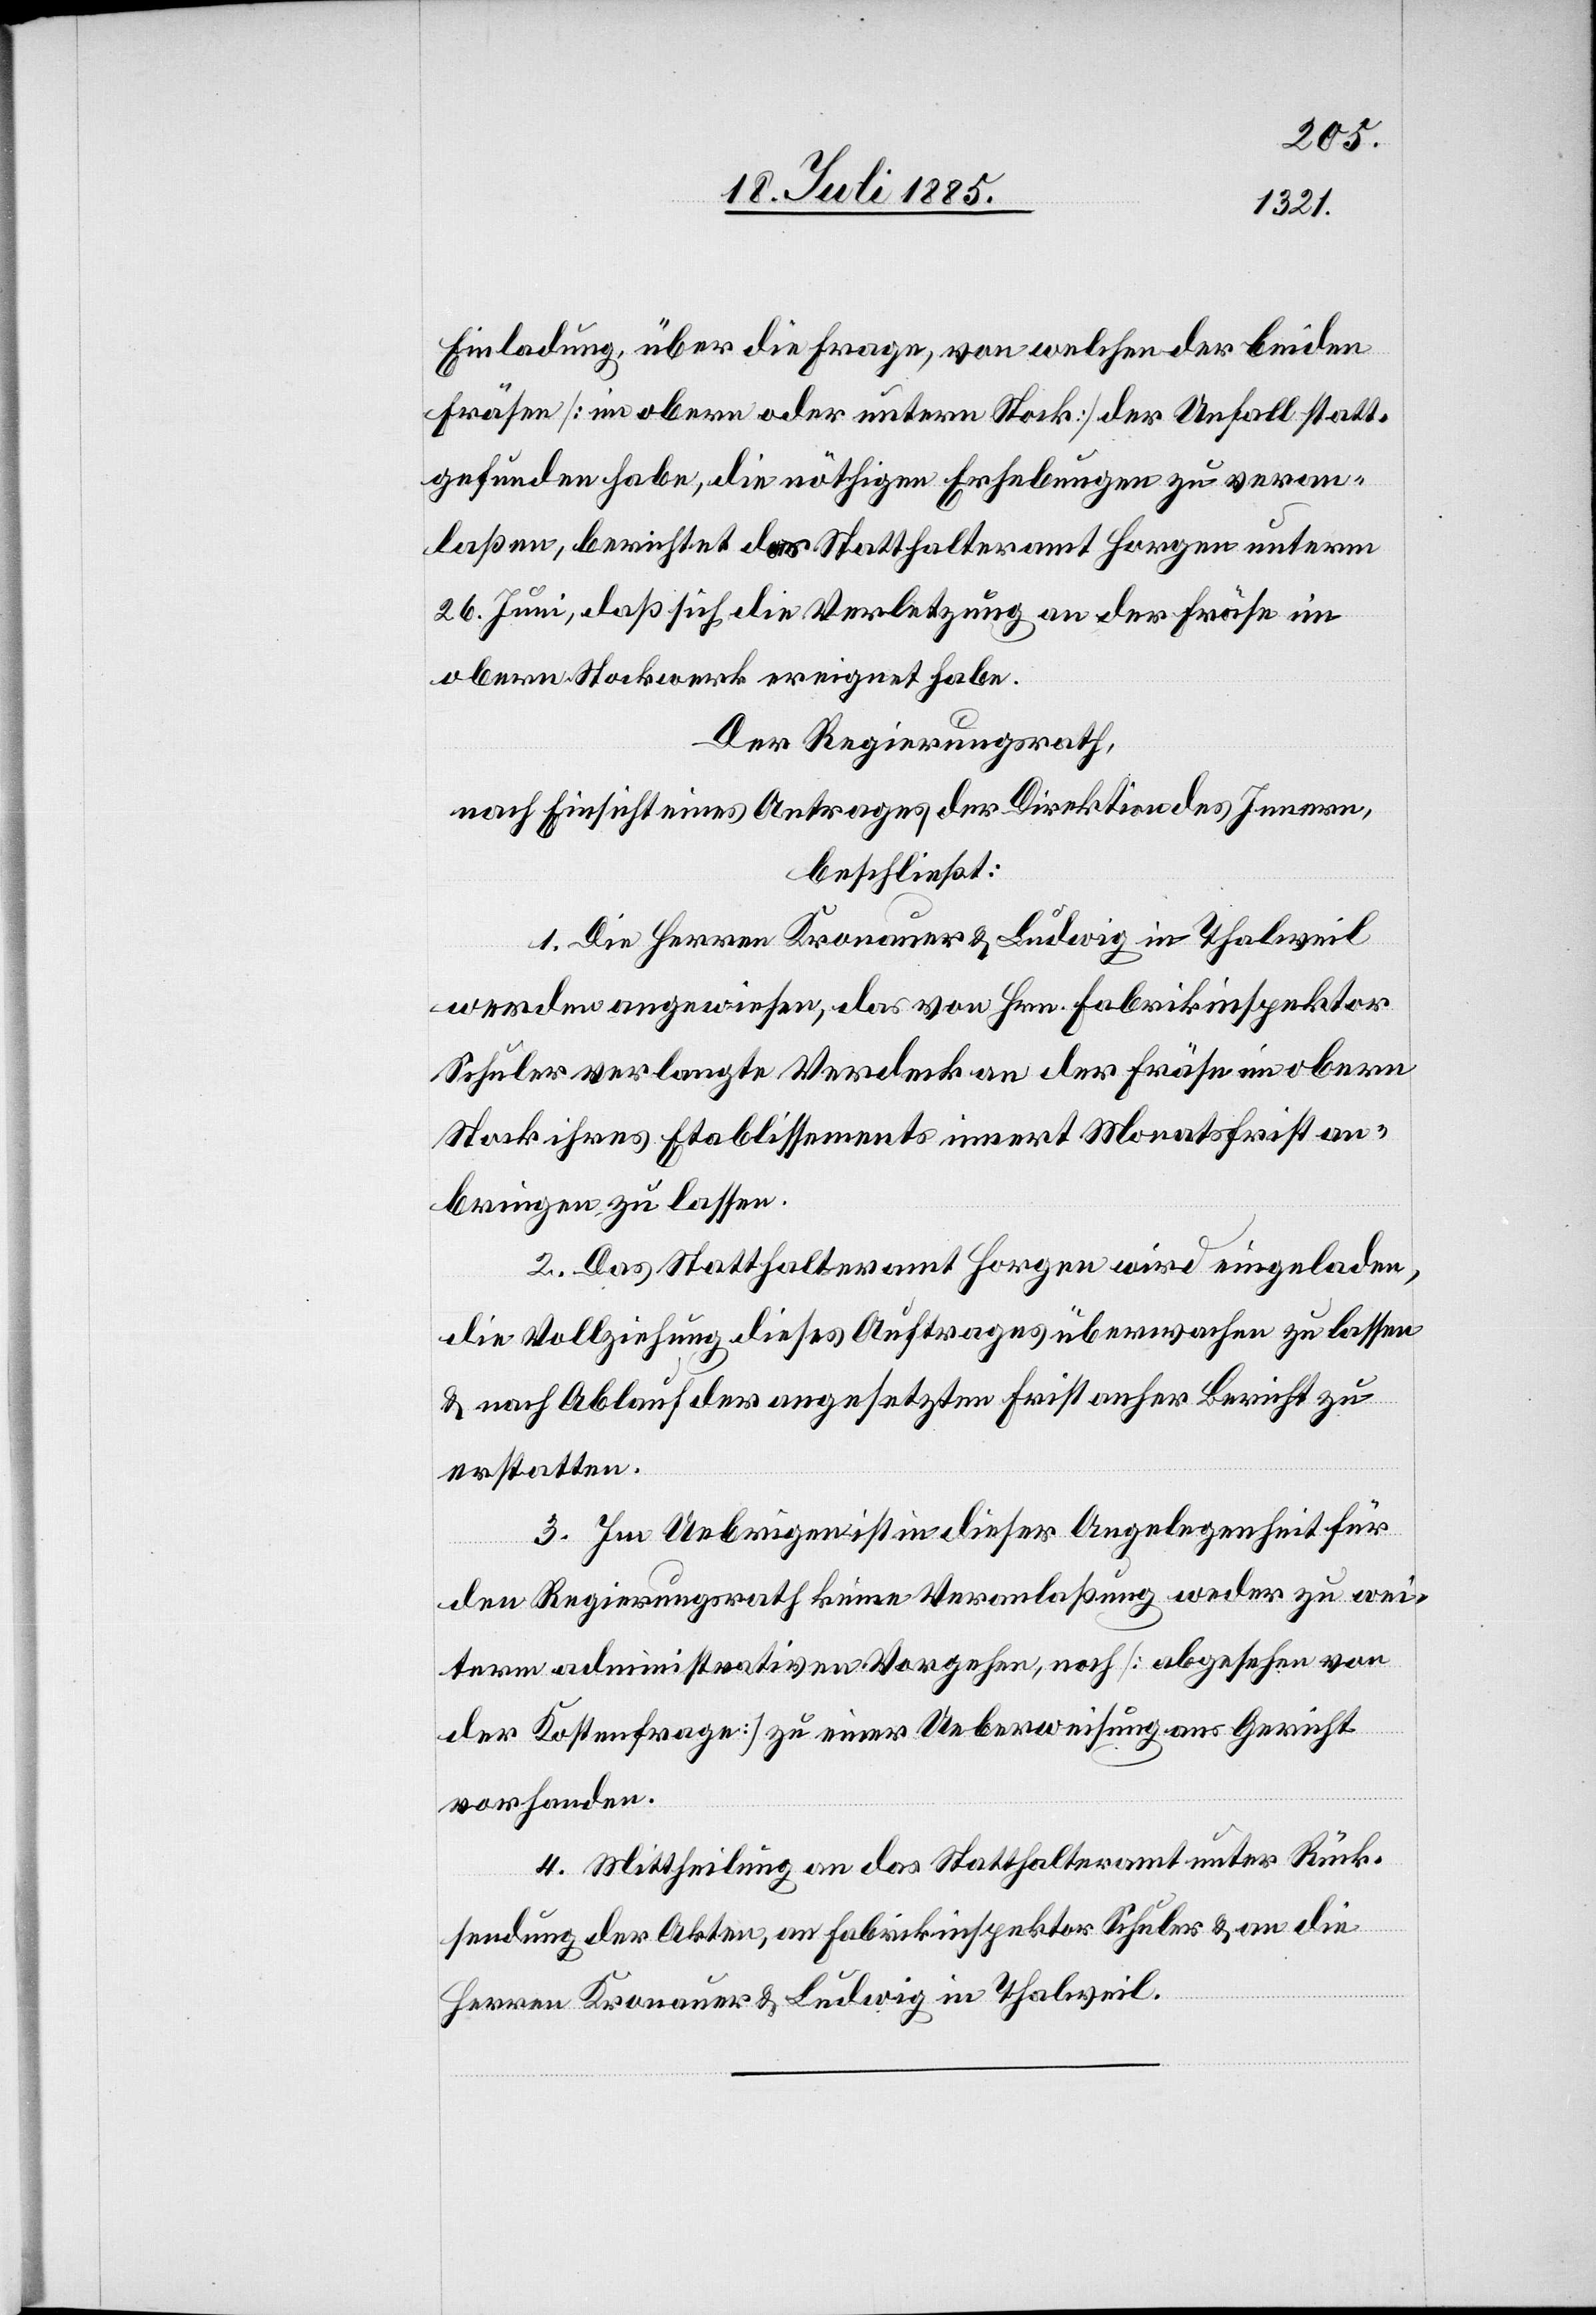
Einladung über die Frage, von welchen der beiden
Fräsen [im obern oder untern Stock] der Unfall statt¬
gefunden habe, die nöthigen Erhebungen zu veran¬
laßen, berichtet das Statthalteramt Horgen unterm
26. Juni, daß sich die Verletzung an der Fräse im
obern Stockwerk ereignet habe.
Der Regierungsrath,
nach Einsicht eines Antrages der Direktion des Innern,
beschließt:
1. Die Herren Kronauer & Ludwig in Thalweil
werden angewiesen, das von Hrn. Fabrikinspektor
Schuler verlangte Verdeck an der Fräse im obern
Stock ihres Etablissements innert Monatsfrist an¬
bringen zu lassen.
2. Das Statthalteramt Horgen wird eingeladen,
die Vollziehung dieses Auftrages überwachen zu lassen
& nach Ablauf der angesetzten Frist anher Bericht zu
erstatten.
3. Im Uebrigen ist in dieser Angelegenheit für
den Regierungsrath keine Veranlaßung weder zu wei¬
tern administrativen Vorgehen, noch [abgesehen von
der Kostenfrage] zu einer Ueberweisung ans Gericht
vorhanden.
4. Mittheilung an das Statthalteramt unter Rück¬
sendung der Akten, an Fabrikinspektor Schuler & an die
Herren Kronauer & Ludwig in Thalweil.